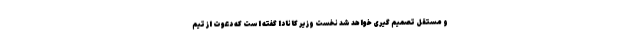
و مستقل تصمیم گیری خواهد شد نخست وزیر کانادا گفته است که دعوت از تیم